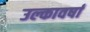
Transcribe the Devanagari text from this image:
उल्कावर्षा